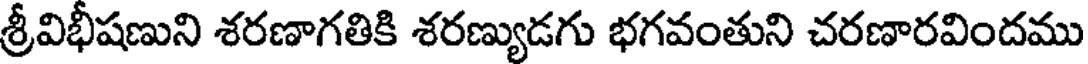
శ్రీవిభీషణుని శరణాగతికి శరణ్యుడగు భగవంతుని చరణారవిందము